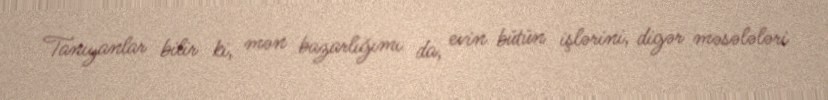
Tanıyanlar bilir ki, mən bazarlığımı da, evin bütün işlərini, digər məsələləri